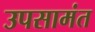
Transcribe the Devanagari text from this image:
उपसामंत